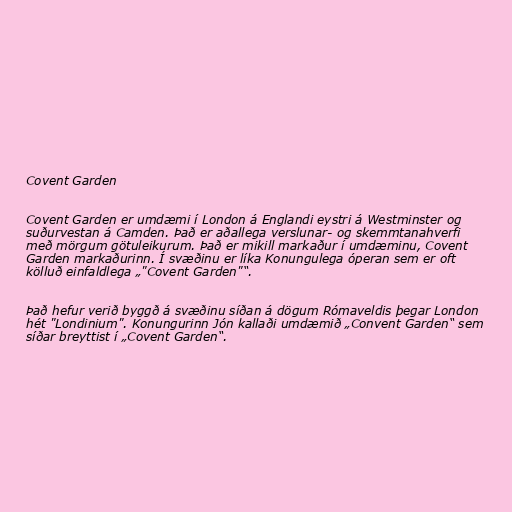
Covent Garden

Covent Garden er umdæmi í London á Englandi eystri á Westminster og
suðurvestan á Camden. Það er aðallega verslunar- og skemmtanahverfi
með mörgum götuleikurum. Það er mikill markaður í umdæminu, Covent
Garden markaðurinn. Í svæðinu er líka Konungulega óperan sem er oft
kölluð einfaldlega „"Covent Garden"“.

Það hefur verið byggð á svæðinu síðan á dögum Rómaveldis þegar London
hét "Londinium". Konungurinn Jón kallaði umdæmið „Convent Garden“ sem
síðar breyttist í „Covent Garden“.